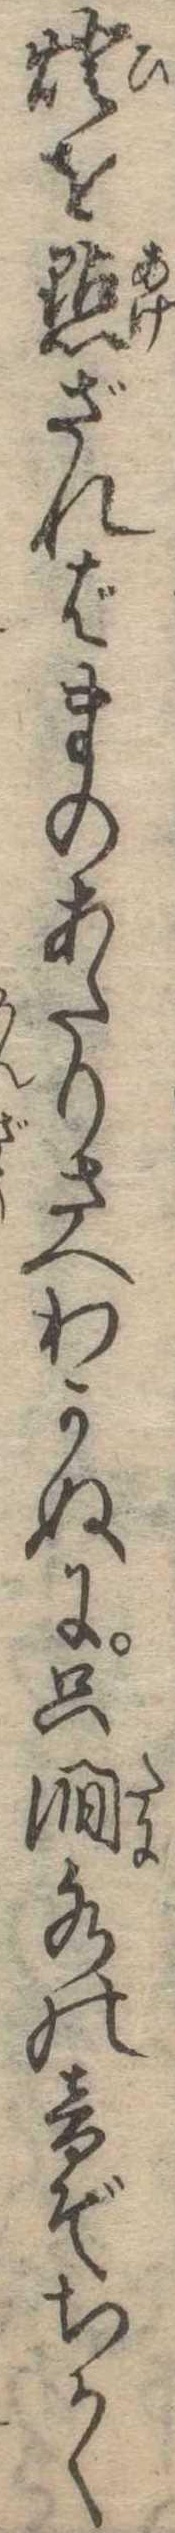
灯を点ざればまのあたりさへわかぬに只水の音ぞちかく